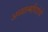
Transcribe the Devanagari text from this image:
अध्यात्मविद्येचे